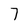
Character: 7